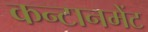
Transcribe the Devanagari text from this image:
कन्टानमेंट